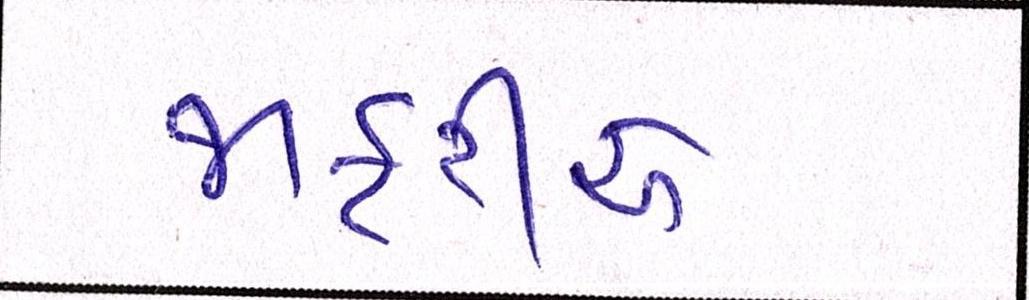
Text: જાફરીએ